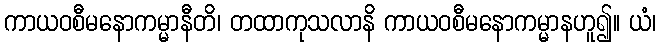
ကာယဝစီမနောကမ္မာနီတိ၊ တထာကုသလာနိ ကာယဝစီမနောကမ္မာနဟူ၍။ ယံ၊